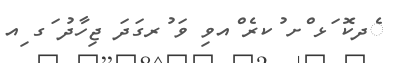
ެދކޮ ަޅ ްށ ުކރެ ްއވި ވަ ުރގަދަ ޖިހާދު ަގ ިއ